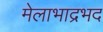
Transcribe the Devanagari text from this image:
मेलाभाद्रभद